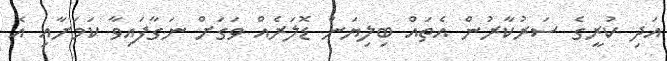
އަދި ކުރީގެ ސަރުކާރުން އެތައް ބިލިޔަން ޑޮލަރެއް ވަގަށް ނަގާފައިވާ ކަމަށާއި އެ